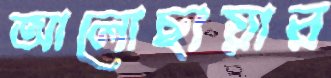
আলোছায়ার